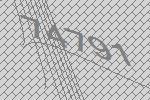
74791